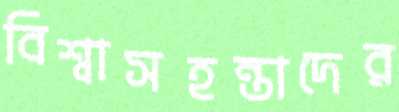
বিশ্বাসহন্তাদের